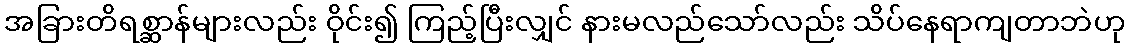
အခြားတိရစ္ဆာန်များလည်း ဝိုင်း၍ ကြည့်ပြီးလျှင် နားမလည်သော်လည်း သိပ်နေရာကျတာဘဲဟု